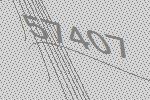
57407